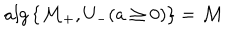
a l g \left\{ \mathcal { M } _ { + } , U _ { - } ( a \geq 0 ) \right\} = \mathcal { M }